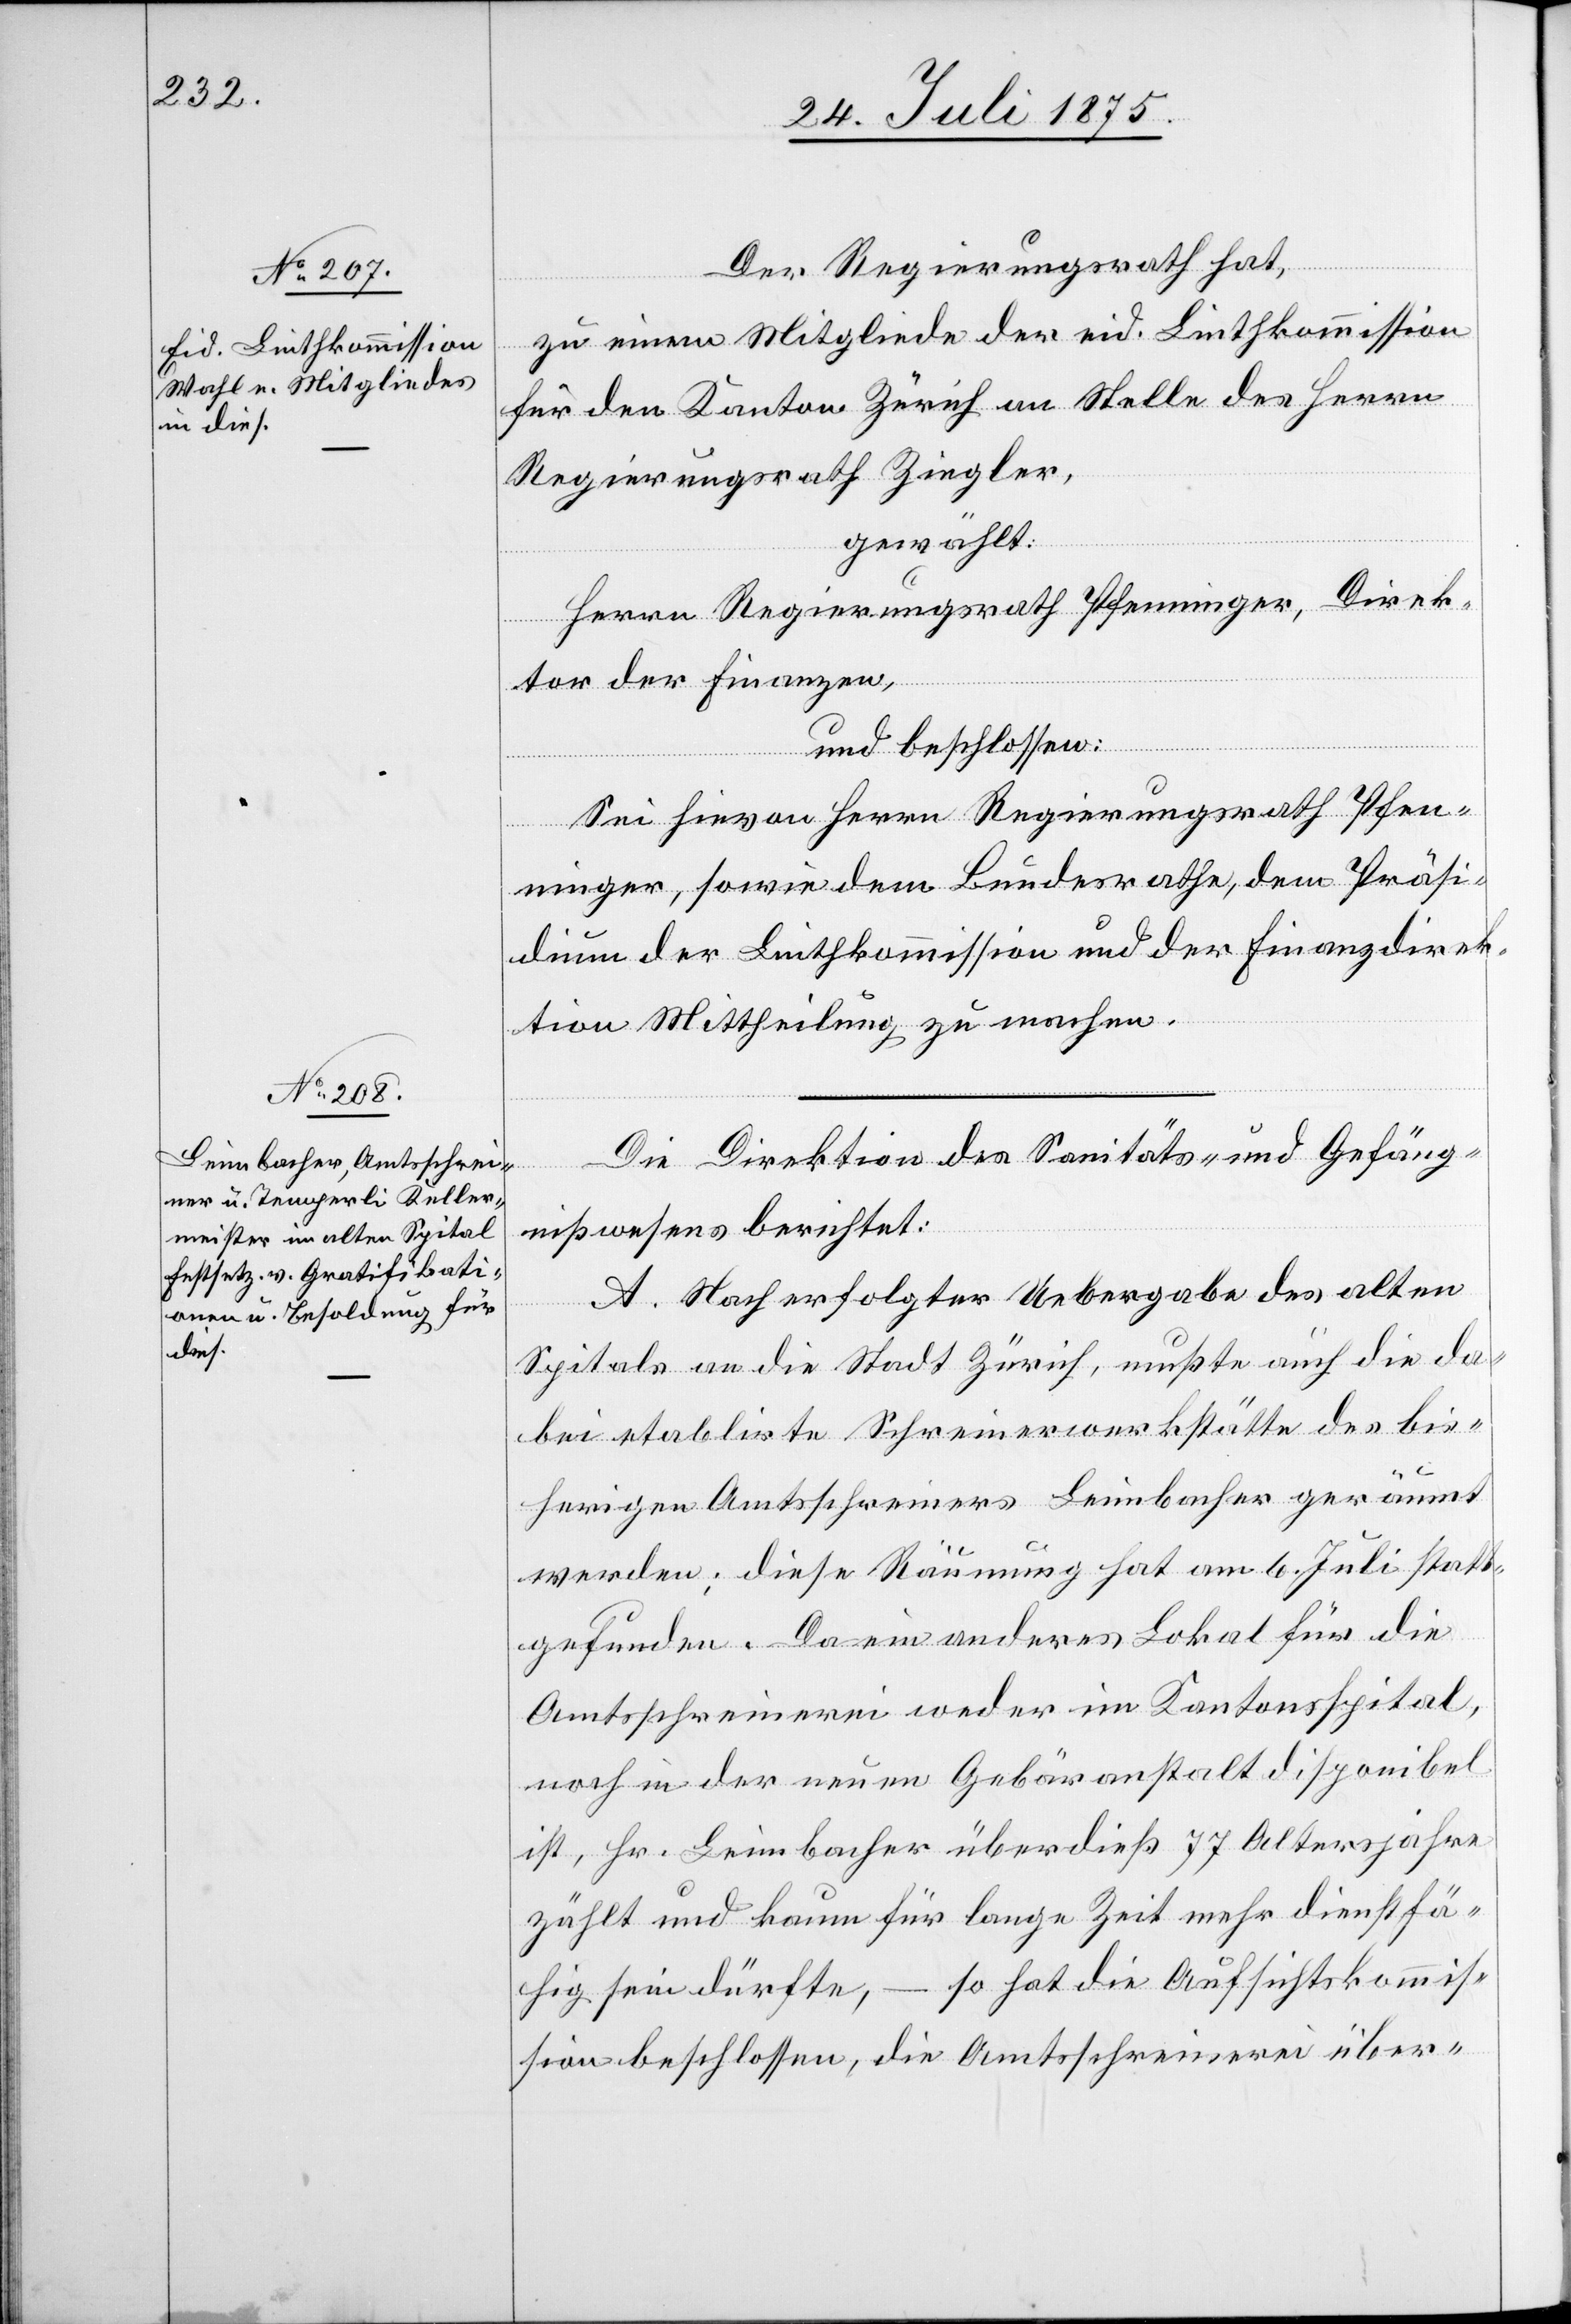
Der Regierungsrath hat,
zu einem Mitgliede der eid. Linthkommission
für den Kanton Zürich an Stelle des Herrn
Regierungsrath Ziegler,
gewählt:
Herrn Regierungsrath Pfenninger, Direk¬
tor der Finanzen,
und beschlossen:
Sei hievon Herrn Regierungsrath Pfen¬
ninger, sowie dem Bundesrathe, dem Präsi¬
dium der Linthkommission und der Finanzdirek¬
tion Mittheilung zu machen.
Die Direktion des Sanitäts- und Gefäng¬
nißwesens berichtet:
A. Nach erfolgter Uebergabe des alten
Spitals an die Stadt Zürich, mußte auch die da¬
bei etablierte Schreinerwerkstätte des bis¬
herigen Amtsschreiners Leimbacher geräumt
werden; diese Räumung hat am 6. Juli statt¬
gefunden. Da ein anderes Lokal für die
Amtsschreinerei weder im Kantonsspital,
noch in der neuen Gebäranstalt disponibel
ist, Hr. Leimbacher überdieß 77 Altersjahre
zählt und kaum für lange Zeit mehr dienstfä¬
so hat die Aufsichtskommis¬
hig sein dürfte, –
sion beschlossen, die Amtsschreinerei über-